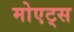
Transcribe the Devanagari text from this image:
मोएट्स